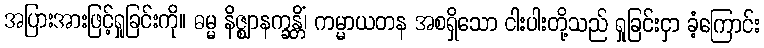
အပြားအားဖြင့်ရှုခြင်းကို။ ဓမ္မ နိဇ္ဈာနက္ခန္တိံ၊ ကမ္မာယတန အစရှိသော ငါးပါးတို့သည် ရှုခြင်းငှာ ခံ့ကြောင်း